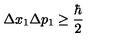
\Delta x _ { 1 } \Delta p _ { 1 } \geq \frac { \hbar } { 2 }